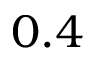
0 . 4